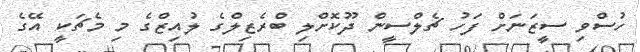
ހުސްވި ސީޒަނަށް ފަހު ޗެލްސީން ދޫކޮށްލި ބްރެޒިލްގެ ލުއިޒްގެ މި މެޗަކީ އޭގެ